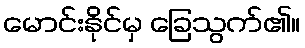
မောင်းနိုင်မှ ခြေသွက်၏။